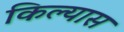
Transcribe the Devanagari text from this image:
किल्यास